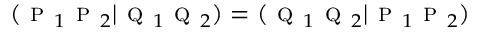
( \textsc { p } _ { 1 } \textsc { p } _ { 2 } | \textsc { q } _ { 1 } \textsc { q } _ { 2 } ) = ( \textsc { q } _ { 1 } \textsc { q } _ { 2 } | \textsc { p } _ { 1 } \textsc { p } _ { 2 } )